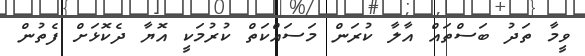
ވީމާ ތަދު ބަސްތައް އާލާ ކުރަން މަސައްކަތް ކުރުމަކީ އޮޔާ ދެކޮޅަށް ފެތުން